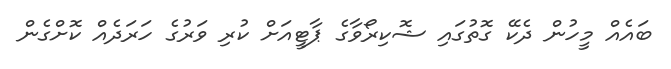
ބައެއް މީހުން ދެކޭ ގޮތުގައި ޝޮކިރޯވާގެ ޕާޓީއަށް ކުރި ވަރުގެ ހަރަދެއް ކޮށްގެން